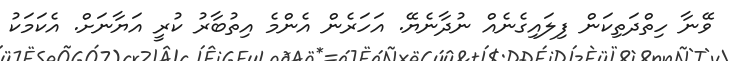
ވޭނާ ހިތްދަތިކަން ފިލައިގެނެއް ނުދާނެޔޭ. އަހަރެން އެންމެ އިތުބާރު ކުރީ އަޔާނަށް. އެކަމަކު